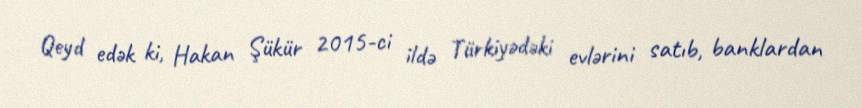
Qeyd edək ki, Hakan Şükür 2015-ci ildə Türkiyədəki evlərini satıb, banklardan